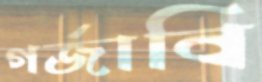
গর্জাবি